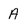
Character: A